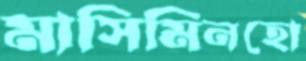
মাসিমিনহো